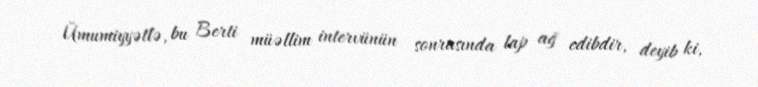
Ümumiyyətlə, bu Berti müəllim intervünün sonrasında lap ağ edibdir, deyib ki,